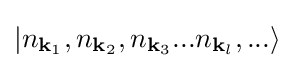
\left|n_{\mathbf {k} _{1}},n_{\mathbf {k} _{2}},n_{\mathbf {k} _{3}}...n_{\mathbf {k} _{l}},...\right\rangle